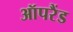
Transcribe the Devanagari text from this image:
ऑपरैंड